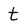
Character: t